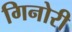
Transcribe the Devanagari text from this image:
गिनोरी